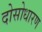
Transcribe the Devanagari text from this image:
दोसोधारण